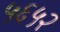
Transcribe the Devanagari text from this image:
५६५२